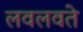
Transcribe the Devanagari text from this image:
लवलवते